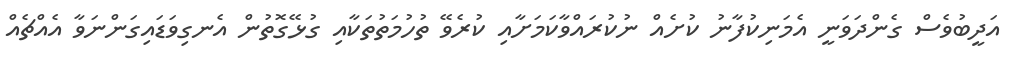
އަދީބުވެސް ގެންދަވަނީ އެމަނިކުފާނު ކުށެއް ނުކުރައްވާކަމަށާއި ކުރެވޭ ތުހުމަތުތަކާއި ގުޅޭގޮތުން އެނގިވަޑައިގަންނަވާ އެއްޗެއް